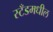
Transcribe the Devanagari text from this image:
स्टँडमधील